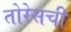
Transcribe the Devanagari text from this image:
तोरेसची